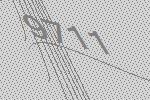
9711